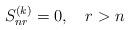
LaTeX: \begin{align*}S^{(k)}_{nr} = 0, \quad r > n\end{align*}